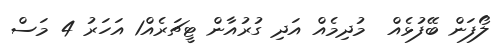
ލޯފަން ބޭފުޅެއް  މުދިމެއް އަދި ގުރުއާން ޓީޗަރެއް1 އަހަރު 4 މަސް